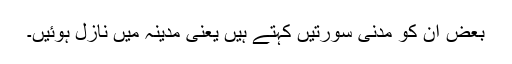
بعض ان کو مدنی سورتیں کہتے ہیں یعنی مدینہ میں نازل ہوئیں۔